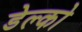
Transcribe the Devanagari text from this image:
डेल्को